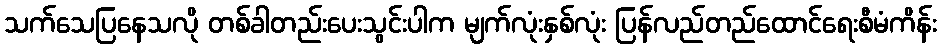
သက်သေပြနေသလို တစ်ခါတည်းပေးသွင်းပါက မျက်လုံးနှစ်လုံး ပြန်လည်တည်ထောင်ရေးစီမံကိန်း